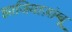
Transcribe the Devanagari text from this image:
झाजियाज़ांग्बू